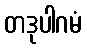
တဒုပါဂမံ